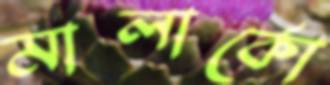
মালার্কো